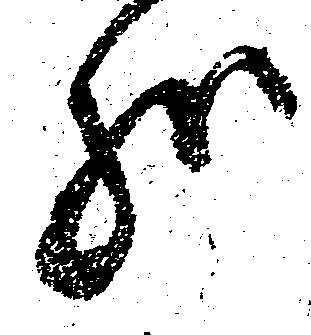
哉